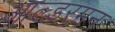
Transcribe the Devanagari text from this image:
आल्डरमन